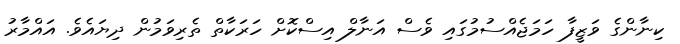
ކިނާންގެ ވަޒީފާ ހަމަޖެއްސުމުގައި ވެސް އަނާލް އިސްކޮށް ހަރަކާތް ތެރިވަމުން ދިޔައެވެ. އައްމާރު